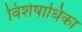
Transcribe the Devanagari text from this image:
विशेषाधिका